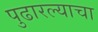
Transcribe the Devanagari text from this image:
पुढारल्याचा